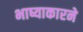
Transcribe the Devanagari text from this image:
भाष्याकारने